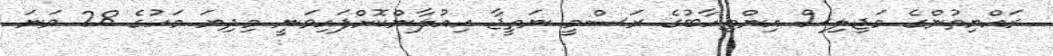
ރައްޔިތުންގެ މަޖިލިސް އިންތިހާބުގެ ރަސްމީ ނަތީޖާ އިއުލާންކޮށްފައިވަނީ މިދިޔަ މަހުގެ 28 ވަނަ